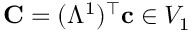
\mathbf { C } = ( \mathbb { \Lambda } ^ { 1 } ) ^ { \top } { \mathbf c } \in V _ { 1 }